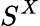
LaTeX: S^{X}